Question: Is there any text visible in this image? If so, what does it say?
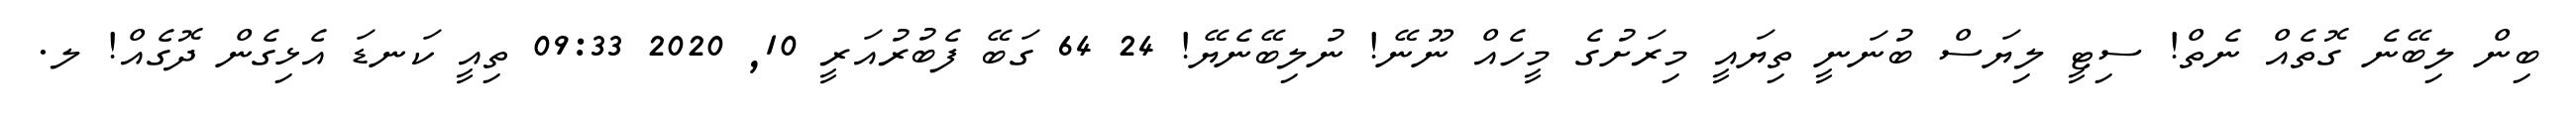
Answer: ބިން ލިބޭނެ ގޮތެއް ނެތް! ސިޓީ ލިޔަސް ބުނަނީ ތިޔައީ މިރަށުގެ މީހެއް ނޫނޭ! ނުލިބޭނެޔޭ! 24 64 ގަބޭ ފެބުރުއަރީ 10, 2020 09:33 ތިއީ ކަނޑަ އެޅިގެން ދޮގެއް! ލ.